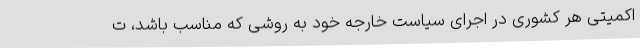
اکمیتی هر کشوری در اجرای سیاست خارجه خود به روشی که مناسب باشد، ت